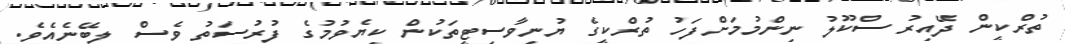
ތުރްކީން ދޭއިރު ސްކޫލު ނިންމުމަށްފަހު ތުރްކީގެ ޔުނިވާސިޓީތަކުން ކިޔެވުމުގެ ފުރުސަތު ވެސް ލިބޭނެއެވެ.